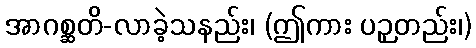
အာဂစ္ဆတိ-လာခဲ့သနည်း၊ (ဤကား ပဉှတည်း၊)